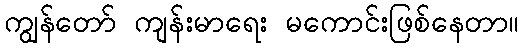
ကျွန်တော် ကျန်းမာရေး မကောင်းဖြစ်နေတာ။